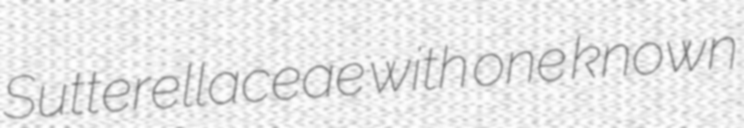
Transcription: Sutterellaceae with one known